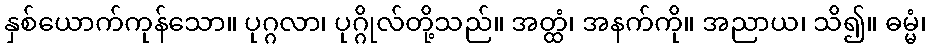
နှစ်ယောက်ကုန်သော။ ပုဂ္ဂလာ၊ ပုဂ္ဂိုလ်တို့သည်။ အတ္ထံ၊ အနက်ကို။ အညာယ၊ သိ၍။ ဓမ္မံ၊